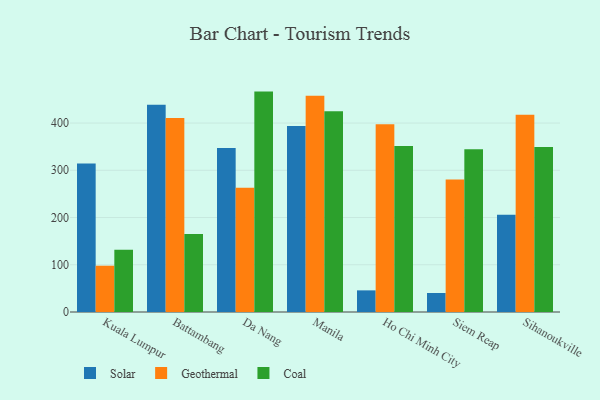
{"axis": {"x": "City", "y": "Gross Profit (USD K)"}, "legend": ["Coal", "Geothermal", "Solar"], "data": [{"x": "Kuala Lumpur", "y": 314.3, "type": "Solar"}, {"x": "Kuala Lumpur", "y": 98.0, "type": "Geothermal"}, {"x": "Kuala Lumpur", "y": 131.7, "type": "Coal"}, {"x": "Battambang", "y": 438.7, "type": "Solar"}, {"x": "Battambang", "y": 410.5, "type": "Geothermal"}, {"x": "Battambang", "y": 165.3, "type": "Coal"}, {"x": "Da Nang", "y": 347.1, "type": "Solar"}, {"x": "Da Nang", "y": 262.9, "type": "Geothermal"}, {"x": "Da Nang", "y": 466.6, "type": "Coal"}, {"x": "Manila", "y": 393.6, "type": "Solar"}, {"x": "Manila", "y": 457.9, "type": "Geothermal"}, {"x": "Manila", "y": 425.1, "type": "Coal"}, {"x": "Ho Chi Minh City", "y": 45.8, "type": "Solar"}, {"x": "Ho Chi Minh City", "y": 397.5, "type": "Geothermal"}, {"x": "Ho Chi Minh City", "y": 351.5, "type": "Coal"}, {"x": "Siem Reap", "y": 40.2, "type": "Solar"}, {"x": "Siem Reap", "y": 280.6, "type": "Geothermal"}, {"x": "Siem Reap", "y": 344.3, "type": "Coal"}, {"x": "Sihanoukville", "y": 206.0, "type": "Solar"}, {"x": "Sihanoukville", "y": 417.7, "type": "Geothermal"}, {"x": "Sihanoukville", "y": 349.1, "type": "Coal"}]}